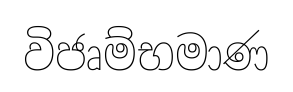
විජෘම්භමාණ